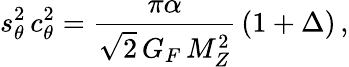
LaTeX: s_{\theta}^{2}\, c_{\theta}^{2}=\frac{\pi\alpha}{\sqrt{2}\, G_{F}\, M_{Z}^{2}}\, \left(1+\Delta\right)\, ,